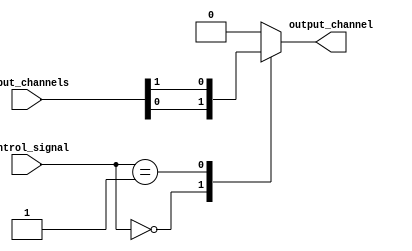
module mux_1024to1 (
    input [1023:0] input_channels,
    input [9:0] control_signal,
    output reg output_channel
);

always @(*) begin
    case (control_signal)
        10'b0000000000: output_channel = input_channels[0];
        10'b0000000001: output_channel = input_channels[1];
        // Add cases for all 1024 input channels here
        // For example:
        // 10'b1111111110: output_channel = input_channels[1022];
        // 10'b1111111111: output_channel = input_channels[1023];
        default: output_channel = 0; // Default case in case control signal is invalid
    endcase
end

endmodule